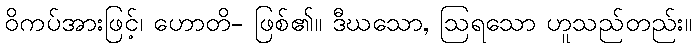
ဝိကပ်အားဖြင့်၊ ဟောတိ- ဖြစ်၏။ ဒီဃသော, ဩရသော ဟူသည်တည်း။